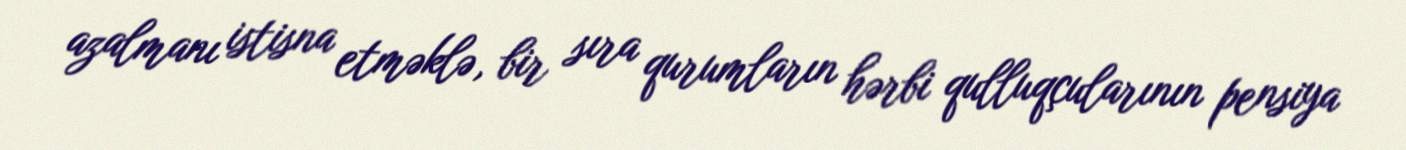
azalmanı istisna etməklə, bir sıra qurumların hərbi qulluqçularının pensiya